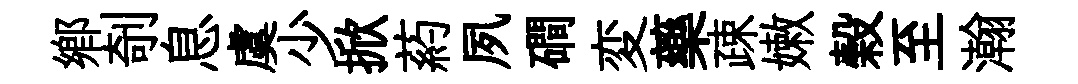
郷剞息虞少掀葯夙磵変藥疎嫩榖至瀚